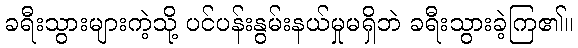
ခရီးသွားများကဲ့သို့ ပင်ပန်းနွမ်းနယ်မှုမရှိဘဲ ခရီးသွားခဲ့ကြ၏။